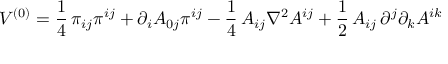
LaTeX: V ^ { ( 0 ) } = \frac { 1 } { 4 } \, \pi _ { i j } \pi ^ { i j } + \partial _ { i } A _ { 0 j } \pi ^ { i j } - \frac { 1 } { 4 } \, A _ { i j } \nabla ^ { 2 } A ^ { i j } + \frac { 1 } { 2 } \, A _ { i j } \, \partial ^ { j } \partial _ { k } A ^ { i k }